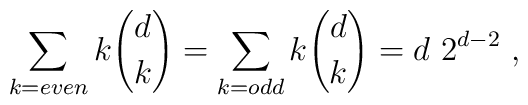
\sum_{k=even} k {d \choose k}=\sum_{k=odd} k {d\choose k} = d~2^{d-2}\ ,